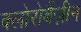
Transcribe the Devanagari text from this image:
क्लोरोबैंज़ीन